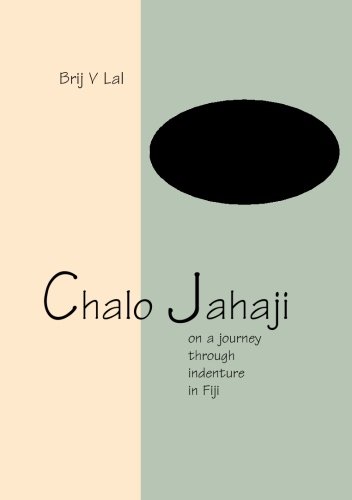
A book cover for Chalo Jahaji: On a journey through indenture in Fiji; Brij V. Lal; History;